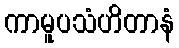
ကာမူပသံဟိတာနံ